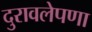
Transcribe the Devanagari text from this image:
दुरावलेपणा